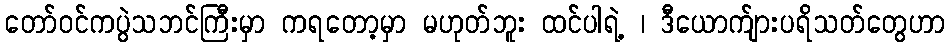
တော်ဝင်ကပွဲသဘင်ကြီးမှာ ကရတော့မှာ မဟုတ်ဘူး ထင်ပါရဲ့ ၊ ဒီယောက်ျားပရိသတ်တွေဟာ